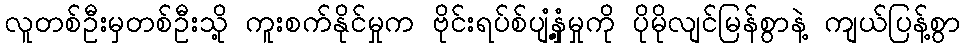
လူတစ်ဦးမှတစ်ဦးသို့ ကူးစက်နိုင်မှုက ဗိုင်းရပ်စ်ပျံ့နှံ့မှုကို ပိုမိုလျင်မြန်စွာနဲ့ ကျယ်ပြန့်စွာ